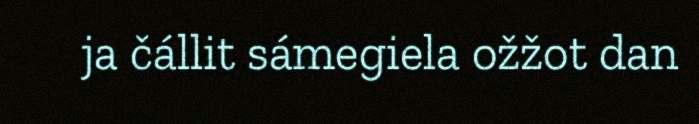
ja čállit sámegiela ožžot dan